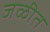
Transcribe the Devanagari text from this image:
जळीत